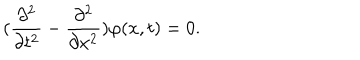
LaTeX: ( \frac { \partial ^ { 2 } } { \partial t ^ { 2 } } - \frac { \partial ^ { 2 } } { \partial x ^ { 2 } } ) \varphi ( x , t ) = 0 .